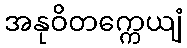
အနုဝိတက္ကေယျံ